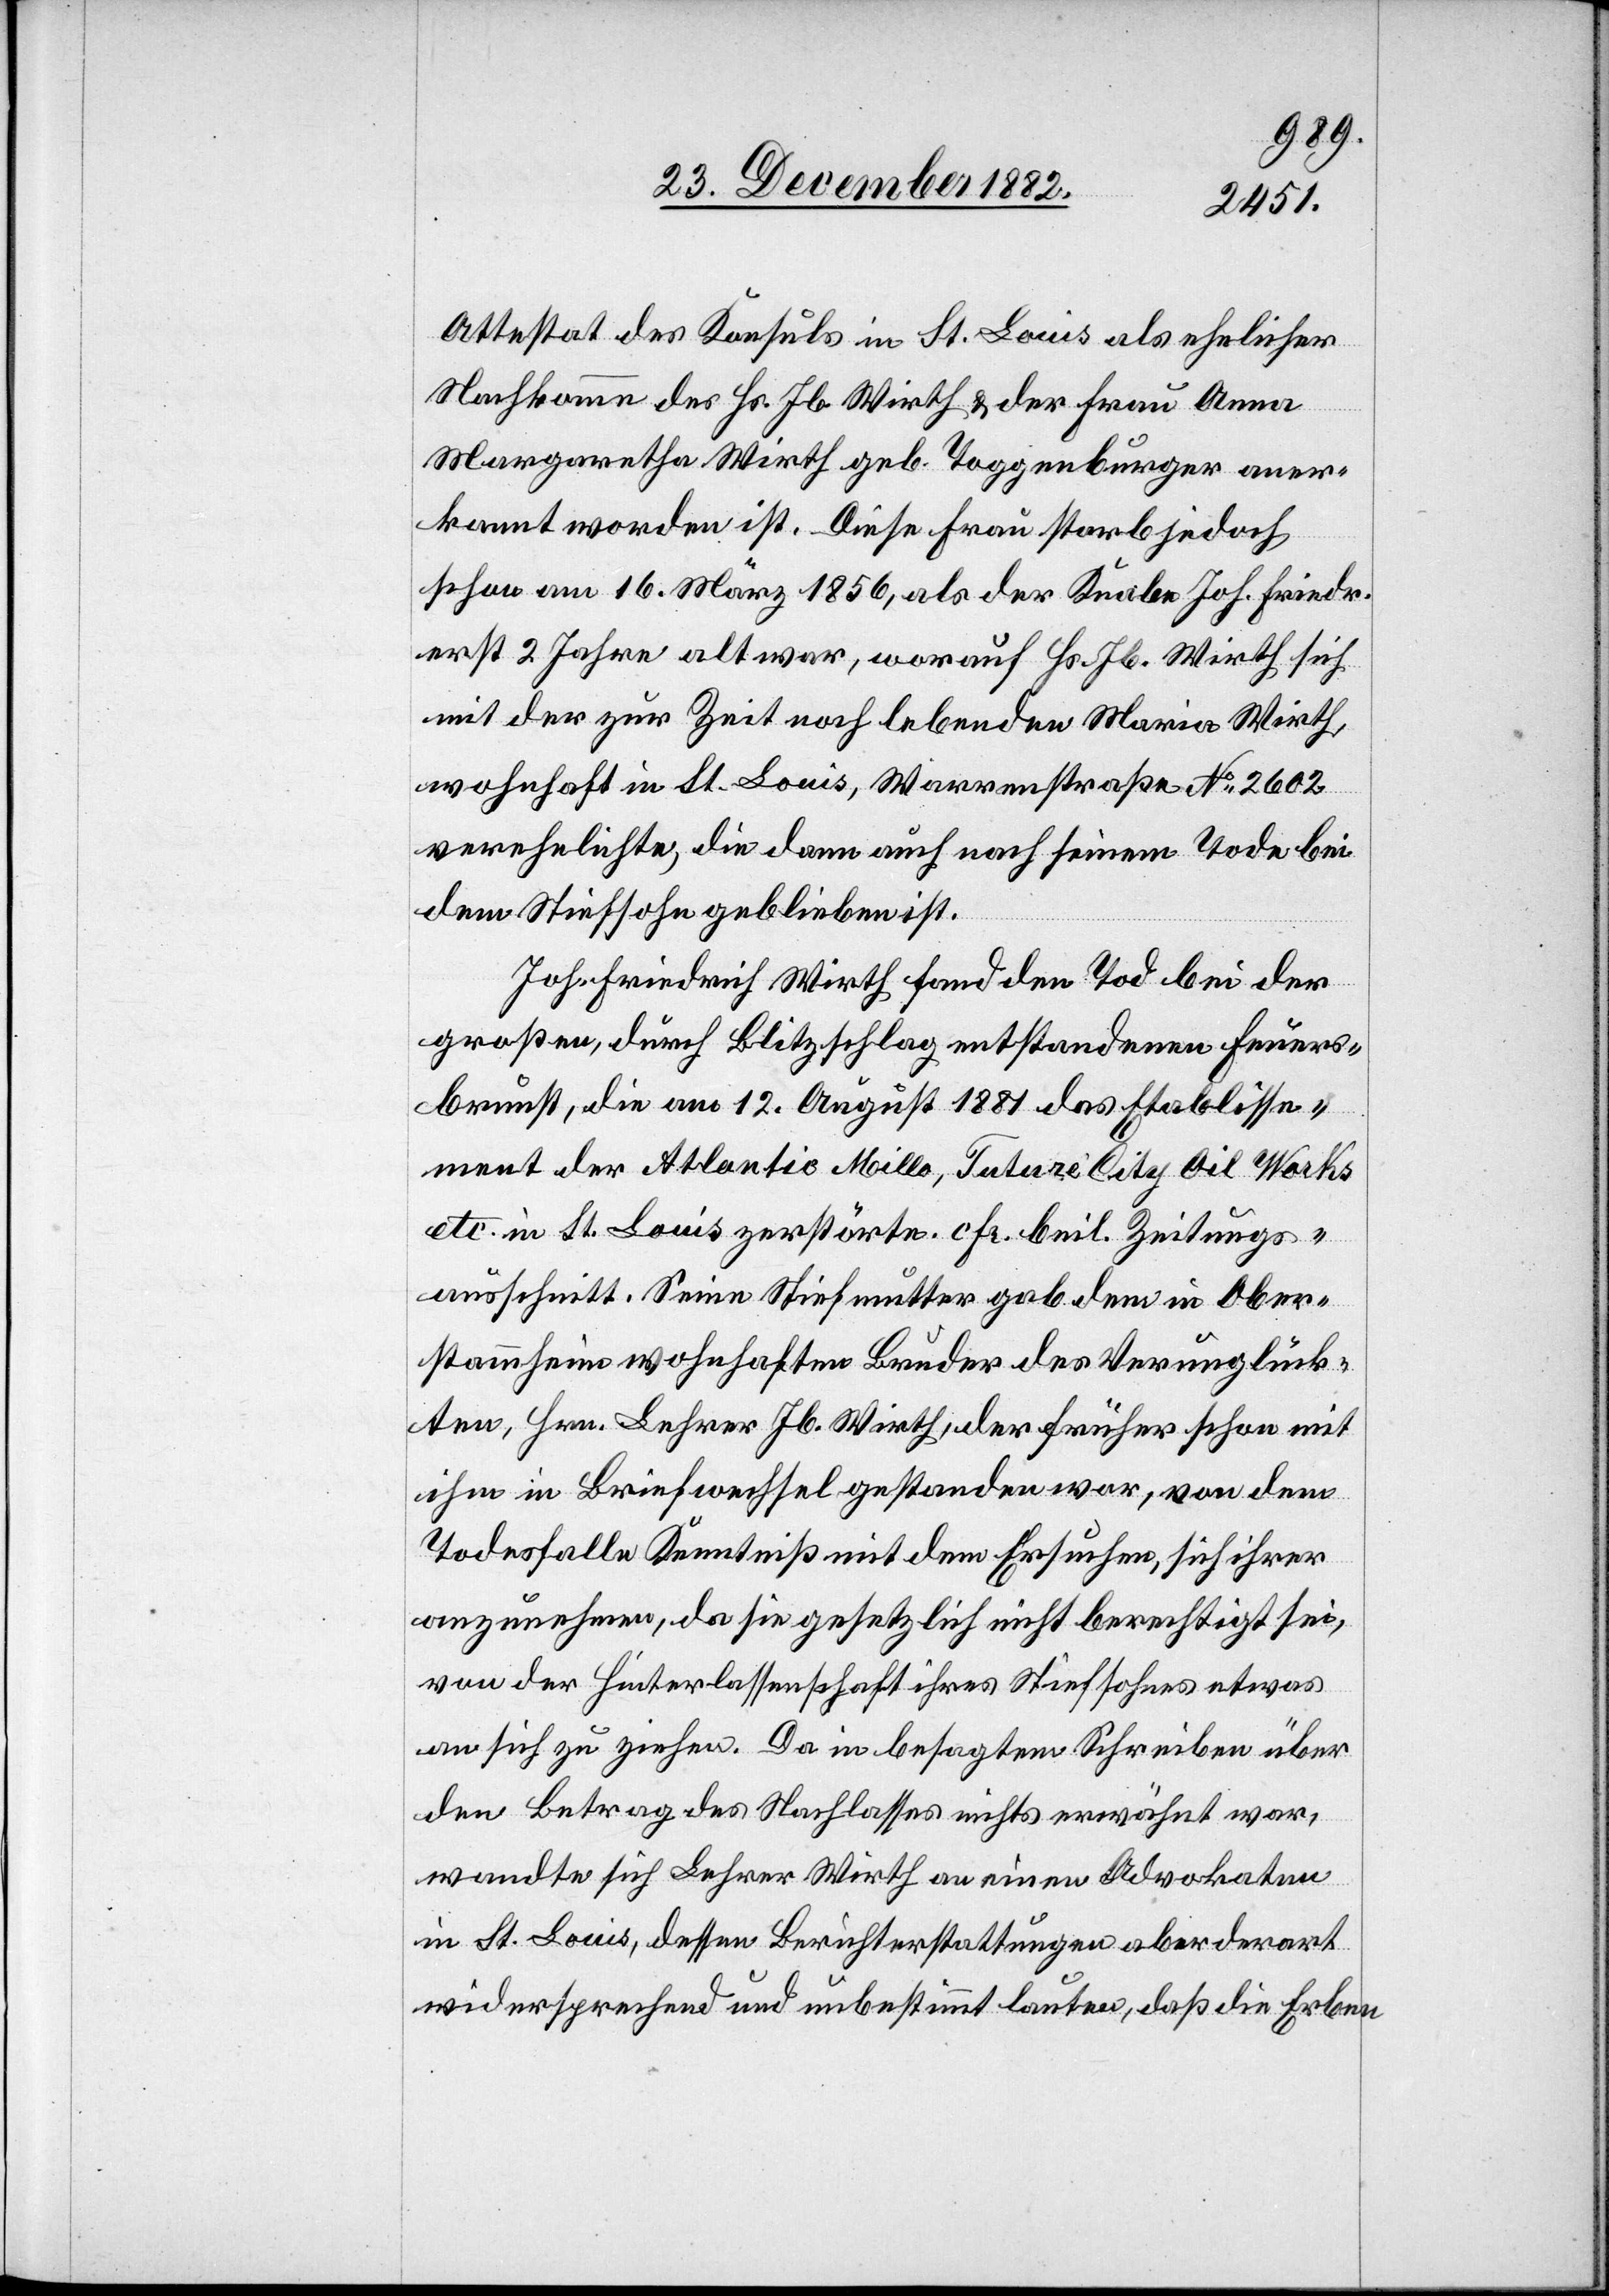
Attestat des Konsuls in St. Louis als ehelicher
Nachkomme des Hs. Jb. Wirth & der Frau Anna
Margaretha Wirth geb. Toggenburger aner¬
kannt worden ist. Diese Frau starb jedoch
schon am 16. März 1856, als der Knabe Joh. Friedr.
erst 2 Jahre alt war, worauf Hs. Jb. Wirth sich
mit der zur Zeit noch lebenden Maria Wirth,
wohnhaft in St. Louis, Warrenstraße No 2602
verehelichte, die dann auch nach seinem Tode bei
dem Stiefsohn geblieben ist.
Joh. Friedrich Wirth fand den Tod bei der
großen, durch Blitzschlag entstandenen Feuers¬
brunst, die am 12. August 1881 das Etablisse¬
ment der Atlantio Millo, Tuture City Oil Works
etc. in St. Louis zerstörte. cfr. beil. Zeitungs¬
ausschnitt. Seine Stiefmutter gab dem in Ober¬
stammheim wohnhaften Bruder des Verunglück¬
ten, Hrn. Lehrer Jb. Wirth, der früher schon mit
ihm in Briefwechsel gestanden war, von dem
Todesfalle Kenntniß mit dem Ersuchen, sich ihrer
anzunehmen, da sie gesetzlich nicht berechtigt sei,
von der Hinterlassenschaft ihres Stiefsohnes etwas
an sich zu ziehen. Da in besagtem Schreiben über
den Betrag des Nachlasses nichts erwähnt war,
wandte sich Lehrer Wirth an einen Advokaten
in St. Louis, dessen Berichterstattungen aber derart
widersprechend und unbestimmt lauten, daß die Erben